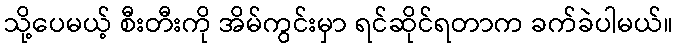
သို့ပေမယ့် စီးတီးကို အိမ်ကွင်းမှာ ရင်ဆိုင်ရတာက ခက်ခဲပါမယ်။